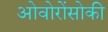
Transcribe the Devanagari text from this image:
ओवोरोंसोकी